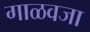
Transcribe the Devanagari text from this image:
गाळवजा